Annual report of the Imperial Bacteriological Laboratory, Muktesar
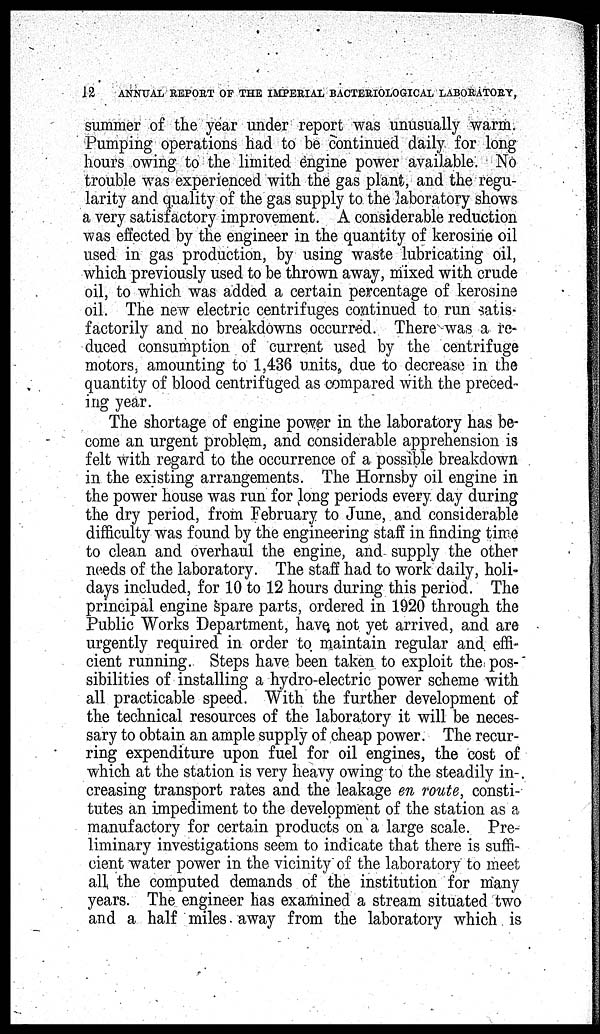
12
ANNUAL REPORT OF THE IMPERIAL BACTERIOLOGICAL LABORATORY,
summer of the year under report was unusually warm.
Pumping operations had to be continued daily for long
hours owing to the limited engine power available. No
trouble was experienced with the gas plant, and the regu-
larity and quality of the gas supply to the laboratory shows
a very satisfactory improvement. A considerable reduction
was effected by the engineer in the quantity of kerosine oil
used in gas production, by using waste lubricating oil,
which previously used to be thrown away, mixed with crude
oil, to which was added a certain percentage of kerosine
oil. The new electric centrifuges continued to run satis-
factorily and no breakdowns occurred. There was a re-
duced consumption of current used by the centrifuge
motors, amounting to 1,436 units, due to decrease in the
quantity of blood centrifuged as compared with the preced-
ing year.
The shortage of engine power in the laboratory has be-
come an urgent problem, and considerable apprehension is
felt with regard to the occurrence of a possible breakdown
in the existing arrangements. The Hornsby oil engine in
the power house was run for long periods every day during
the dry period, from February to June, and considerable
difficulty was found by the engineering staff in finding time
to clean and overhaul the engine, and- supply the other
needs of the laboratory. The staff had to work daily, holi-
days included, for 10 to 12 hours during this period. The
principal engine spare parts, ordered in 1920 through the
Public Works Department, have not yet arrived, and are
urgently required in order to maintain regular and effi-
cient running. Steps have been taken to exploit the pos-
sibilities of installing a hydro-electric power scheme with
all practicable speed. With the further development of
the technical resources of the laboratory it will be neces-
sary to obtain an ample supply of cheap power. The recur-
ring expenditure upon fuel for oil engines, the cost of
which at the station is very heavy owing to the steadily in-
creasing transport rates and the leakage en route, consti-
tutes an impediment to the development of the station as a
manufactory for certain products on a large scale. Pre-
liminary investigations seem to indicate that there is suffi-
cient water power in the vicinity of the laboratory to meet
all the computed demands of the institution for many
years. The engineer has examined a stream situated two
and a half miles away from the laboratory which is